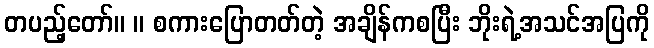
တပည့်တော်။ ။ စကားပြောတတ်တဲ့ အချိန်ကစပြီး ဘိုးရဲ့အသင်အပြကို